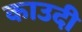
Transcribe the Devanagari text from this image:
काउदी